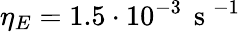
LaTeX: \eta_{E}=1.5\cdot 10^{-3}\, \mathrm{~s~}^{-1}